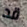
قد